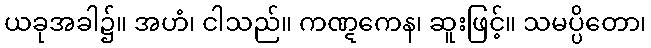
ယခုအခါ၌။ အဟံ၊ ငါသည်။ ကဏ္ဋကေန၊ ဆူးဖြင့်။ သမပ္ပိတော၊